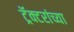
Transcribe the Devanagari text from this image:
ट्रॅक्टरांच्या